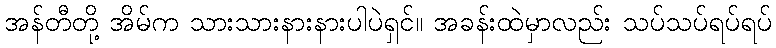
အန်တီတို့ အိမ်က သားသားနားနားပါပဲရှင်။ အခန်းထဲမှာလည်း သပ်သပ်ရပ်ရပ်